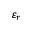
\varepsilon _ { r }